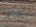
نهارا